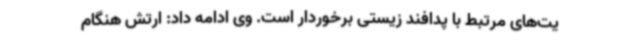
یت‌های مرتبط با پدافند زیستی برخوردار است. وی ادامه داد: ارتش هنگام